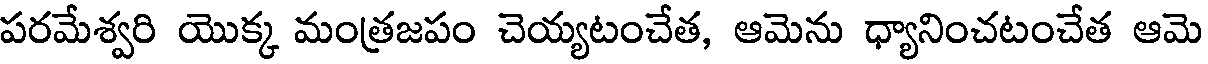
పరమేశ్వరి యొక్క మంత్రజపం చెయ్యటంచేత, ఆమెను ధ్యానించటంచేత ఆమె